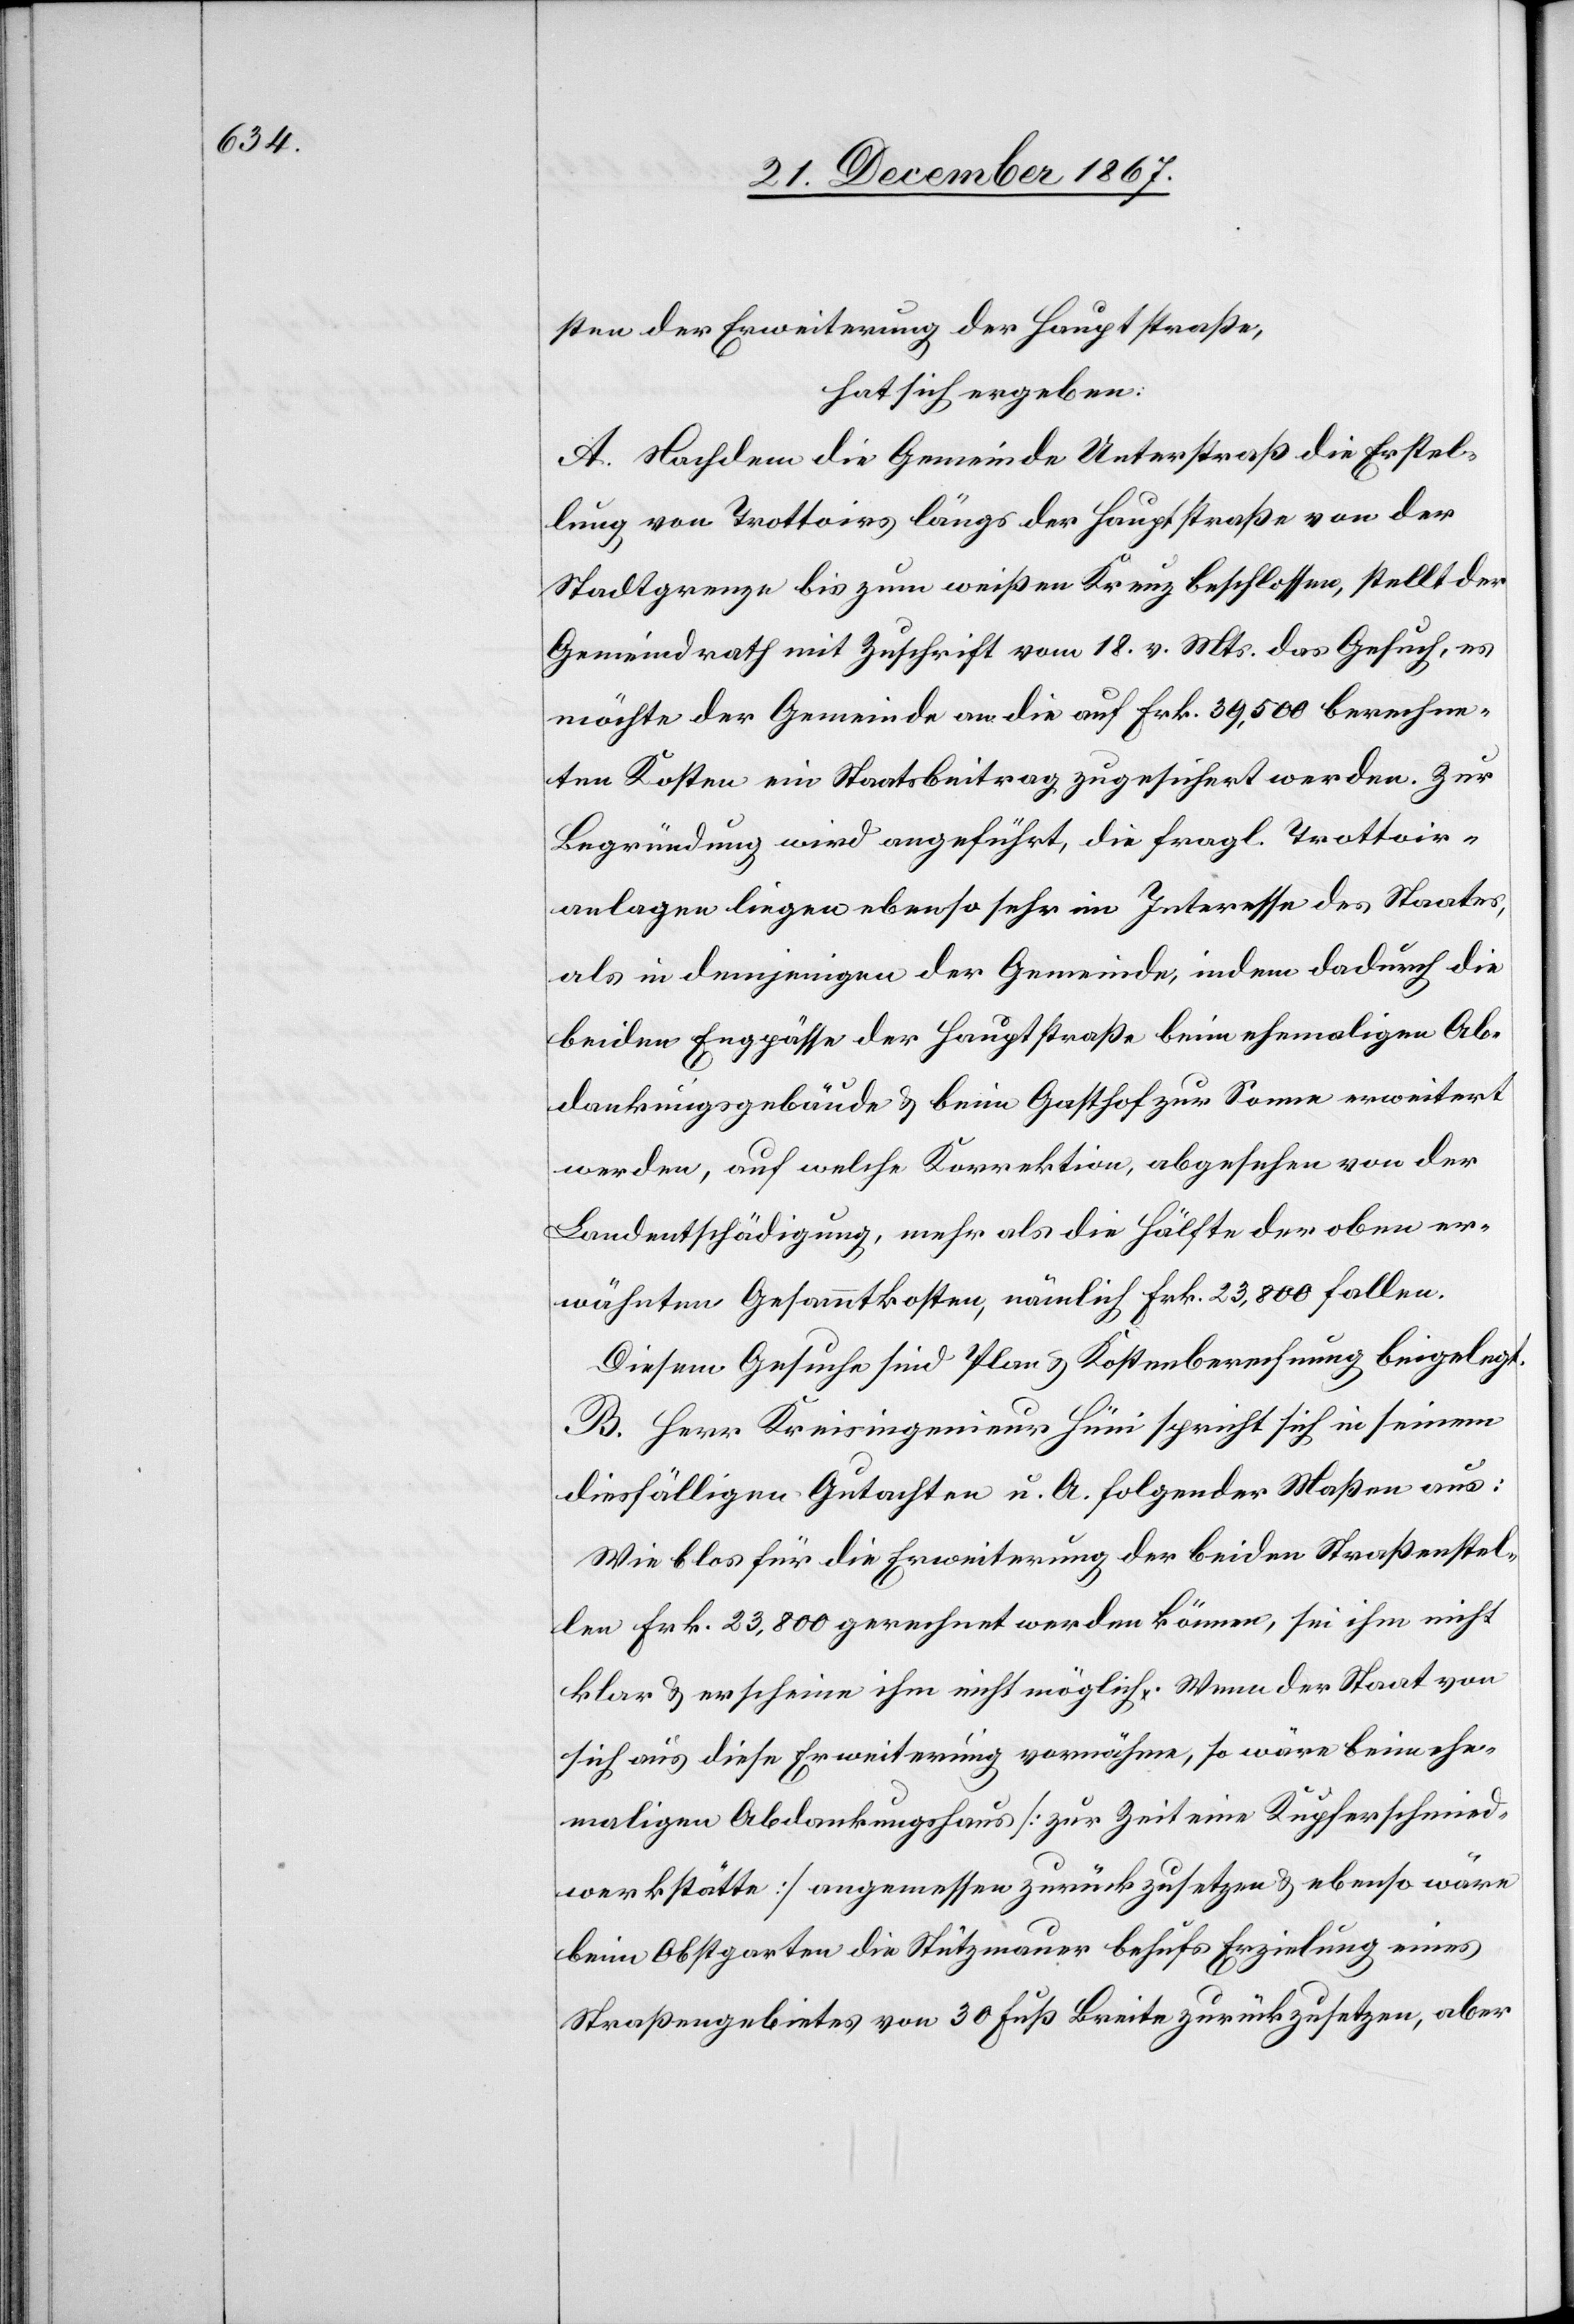
sten der Erweiterung der Hauptstraße,
hat sich ergeben:
A. Nachdem die Gemeinde Unterstraß die Erstel¬
lung von Trottoirs längs der Hauptstraße von der
Stadtgrenze bis zum weißen Kreuz beschlossen, stellt der
Gemeindrath mit Zuschrift vom 18. v. Mts. das Gesuch, es
möchte der Gemeinde an die auf Frk. 39 500 berechne¬
ten Kosten ein Staatsbeitrag zugesichert werden. Zur
Begründung wird angeführt, die fragl. Trottoirs¬
anlagen liegen ebenso sehr im Interesse des Staates,
als in demjenigen der Gemeinde, indem dadurch die
beiden Engpässe der Hauptstraße beim ehemaligen Ab¬
dankungsgebäude u. beim Gasthof zur Sonne erweitert
werden, auf welche Korrektion, abgesehen von der
Landentschädigung, mehr als die Hälfte der oben er¬
wähnten Gesammtkosten, nämlich Frk. 23 800 fallen.
Diesem Gesuch sind Plan u. Kostenberechnung beigelegt.
B. Herr Kreisingenieur Hüni spricht sich in seinem
diesfälligen Gutachten u. A. folgender Maßen aus:
Wie blos für die Erweiterung der beiden Straßenstel¬
len Frk. 23 800 gerechnet werden können, sei ihm nicht
klar u. erscheine ihm nicht möglich. Wenn der Staat von
sich aus diese Erweiterung vornähme, so wäre beim ehe¬
maligen Abdankungshaus [zur Zeit eine Kupferschmied¬
werkstätte] angemessen zurückzusetzen u. ebenso wäre
beim Obstgarten die Stützmauer behufs Erzielung eines
Straßengebietes von 30 Fuß Breite zurückzusetzen, aber